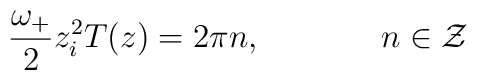
\frac{\omega_+}{2} z_i^2 T(z) = 2 \pi n, \hskip 1.5cm n \in {\cal Z}